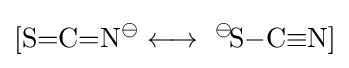
{[\mathrm {S} {=}\mathrm {C} {=}\mathrm {N} {\vphantom {A}}^{\ominus }{}\mathrel {\longleftrightarrow } {}\ {\vphantom {A}}^{\ominus }\!\mathrm {S} {-}\mathrm {C} {\equiv }\mathrm {N} ]}